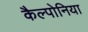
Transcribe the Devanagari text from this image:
कैल्पोनिया